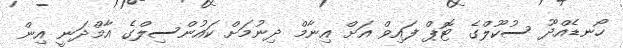
ހޯނޑެއްދޫ ސުކޫލްގެ ޓޮޕް ފައިވް އަށް އިނާމް ދިނުމަށް ކައުންސިލްގެ އާމްދަނީ އިން